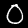
Label: 0